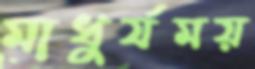
মাধুর্যময়